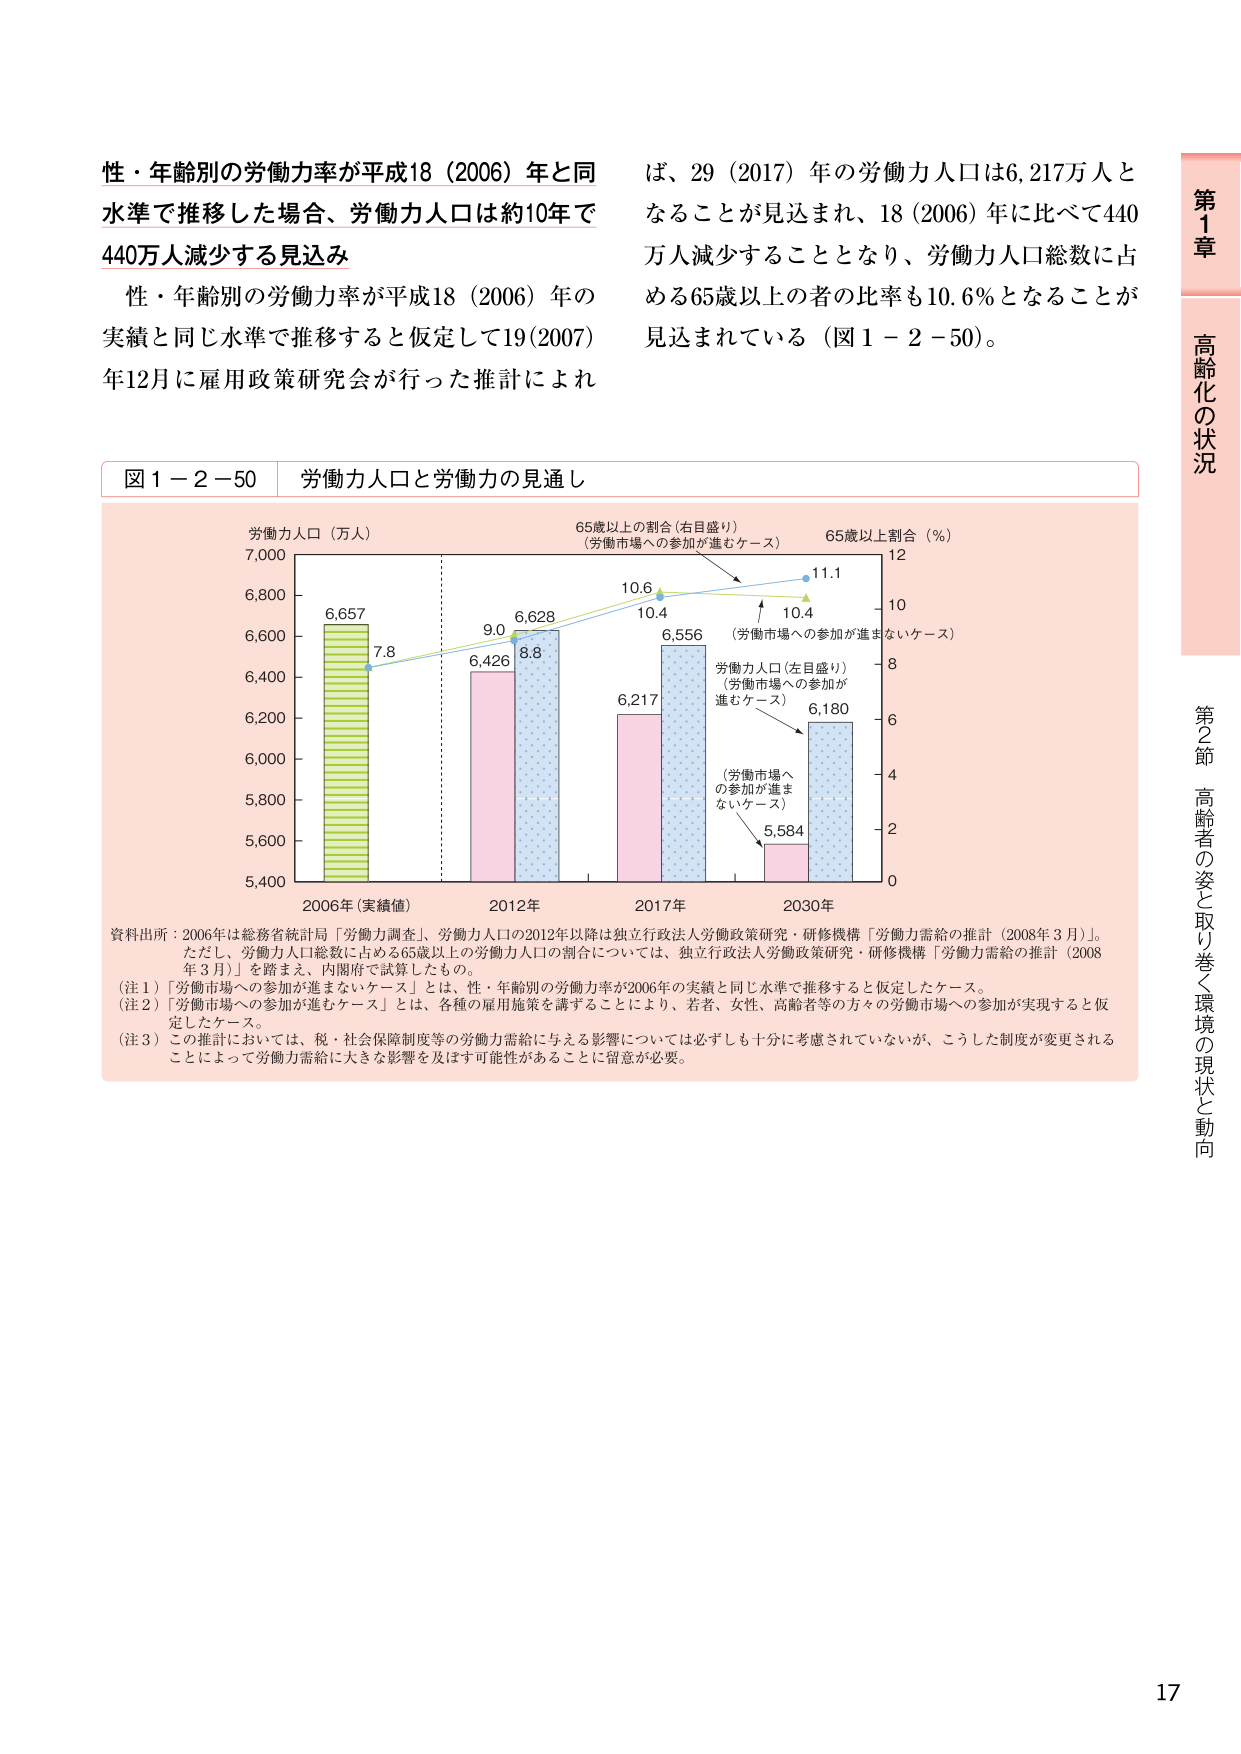
性・年齢別の労働力率が平成18（2006）年と同水準で推移した場合、労働力人口は約10年で440万人減少する見込み

性・年齢別の労働力率が平成18（2006）年の実績と同じ水準で推移すると仮定して19（2007）年12月に雇用政策研究会が行った推計によれば、29（2017）年の労働力人口は6,217万人となることが見込まれ、18（2006）年に比べて440万人減少することとなり、労働力人口総数に占める65歳以上の者の比率も10.6％となることが見込まれている（図1－2－50）。

図1－2－50 労働力人口と労働力の見通し

労働力人口（万人）
7,000
6,800
6,657
7.8
6,600
6,400
6,426
9.0
6,628
8.8
6,200
6,217
10.6
10.4
6,000
5,800
5,600
5,400
2006年（実績値）
2012年
2017年
2030年

65歳以上の割合（右目盛り）
（労働市場への参加が進むケース）
12
11.1
10
10.4
8
6
4
2
0

65歳以上割合（％）

労働力人口（左目盛り）
（労働市場への参加が進むケース）
6,556
（労働市場への参加が進まないケース）
6,180
（労働市場への参加が進まないケース）
5,584

資料出所：2006年は総務省統計局「労働力調査」、労働力人口の2012年以降は独立行政法人労働政策研究・研修機構「労働力需給の推計（2008年3月）」。ただし、労働力人口総数に占める65歳以上の労働力人口の割合については、独立行政法人労働政策研究・研修機構「労働力需給の推計（2008年3月）」を踏まえ、内閣府で試算したもの。

（注1）「労働市場への参加が進まないケース」とは、性・年齢別の労働力率が2006年の実績と同じ水準で推移すると仮定したケース。

（注2）「労働市場への参加が進むケース」とは、各種の雇用施策を講ずることにより、若者、女性、高齢者等の方々の労働市場への参加が実現すると仮定したケース。

（注3）この推計においては、税・社会保障制度等の労働力需給に与える影響については必ずしも十分に考慮されていないが、こうした制度が変更されることによって労働力需給に大きな影響を及ぼす可能性があることに留意が必要。

第1章 高齢化の状況
第2節 高齢者の姿と取り巻く環境の現状と動向

17